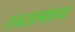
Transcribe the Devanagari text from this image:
तंत्रशास्त्रांचा